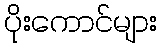
ပိုးကောင်များ